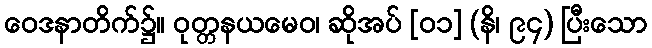
ဝေဒနာတိက်၌။ ဝုတ္တနယမေဝ၊ ဆိုအပ် [၀၁] (နိ၊ ၉၄) ပြီးသော